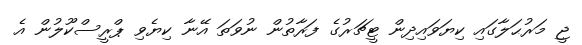
ޖީ މަރުޙަލާގައި ކިޔަވައިދިން ޓީޗަރުގެ ފަރާތުން ނުވަތަ އޭނާ ކިޔެވި ޕްރީސްކޫލުން އެ